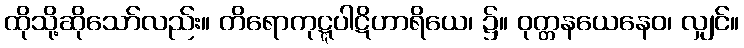
ထိုသို့ဆိုသော်လည်း။ တိရောကုဋ္ဋပါဋိဟာရိယေ၊ ၌။ ဝုတ္တနယေနေဝ၊ လျှင်။